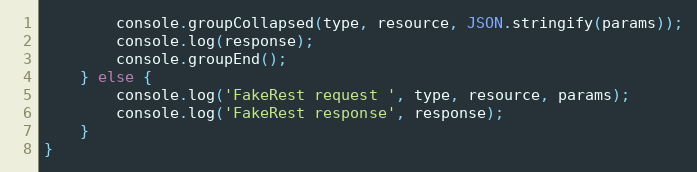
Language: JavaScript
        console.groupCollapsed(type, resource, JSON.stringify(params));
        console.log(response);
        console.groupEnd();
    } else {
        console.log('FakeRest request ', type, resource, params);
        console.log('FakeRest response', response);
    }
}